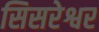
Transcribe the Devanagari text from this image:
सिसरेश्वर